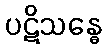
ပဋိသန္ဓေ